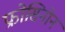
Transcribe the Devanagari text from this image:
फ्रोसिनोन